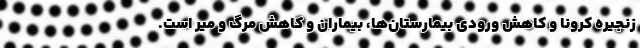
زنجیره کرونا و کاهش ورودی بیمارستان‌ها، بیماران و کاهش مرگ و میر است.